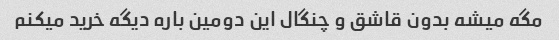
مگه میشه بدون قاشق و چنگال این دومین باره دیگه خرید میکنم